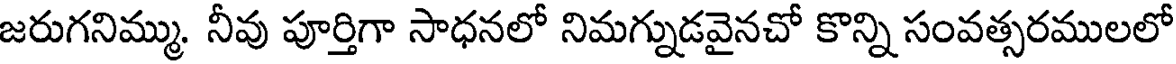
జరుగనిమ్ము. నీవు పూర్తిగా సాధనలో నిమగ్నుడవైనచో కొన్ని సంవత్సరములలో